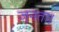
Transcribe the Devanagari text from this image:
जनता।